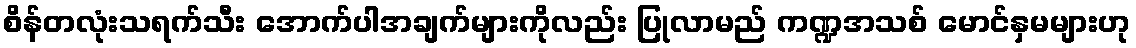
စိန်တလုံးသရက်သီး အောက်ပါအချက်များကိုလည်း ပြုလာမည် ကဏ္ဍအသစ် မောင်နှမများဟု